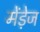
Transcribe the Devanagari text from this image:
मेंडे़ज